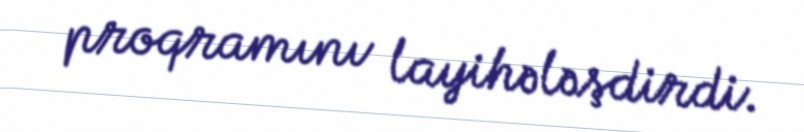
proqramını layihələşdirdi.